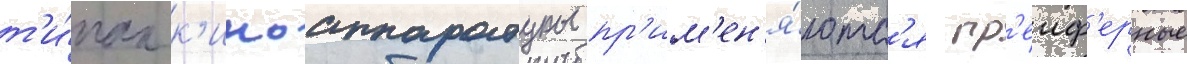
т'и́пах к'иноаппаратуры пр'им'ен'я́ютс'я гр'еиф'ерные